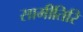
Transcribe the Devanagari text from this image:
सामीतिरि